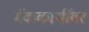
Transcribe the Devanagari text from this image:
मॅककार्थीवर